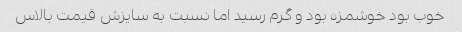
خوب بود خوشمزه بود و گرم رسید اما نسبت به سایزش قیمت بالاس